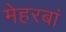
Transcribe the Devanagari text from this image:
मेहरबां